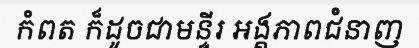
កំពត ក៏ដូចជាមន្ទីរ អង្គភាពជំនាញ